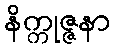
နိက္ကုဇ္ဇနာ